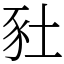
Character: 䝅